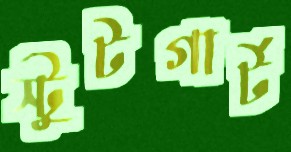
স্টুটগার্ট